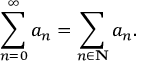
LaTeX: \sum _ { n = 0 } ^ { \infty } a _ { n } = \sum _ { n \in \mathbf { N } } a _ { n } .